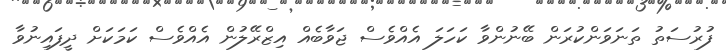
ފުރުސަތު ތަނަވަންކުރަން ބޭނުންވާ ކަހަލަ އެއްވެސް ޖަވާބެއް އިޒްރޭލުން އެއްވެސް ކަމަކަށް ދީފައިނުވާ